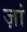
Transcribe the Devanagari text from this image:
ज़ां